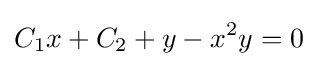
C_{1}x+C_{2}+y-x^{2}y=0